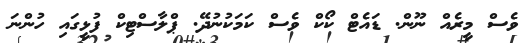
ވެސް މީރެއް ނޫން. ޑައެޓް ކޯކް ވެސް ކަމަކުނުދޭ. ޕްލާސްޓިކް ފުޅީގައި ހުންނަ